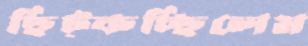
ছিট্‌কচ্ছিলেম